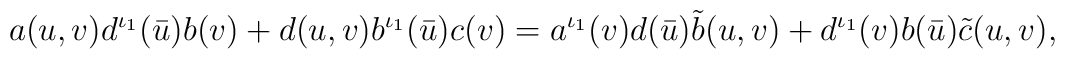
a(u,v)d^{\iota_1}(\bar u)b(v)+d(u,v)b^{\iota_1}(\bar u)c(v)=a^{\iota_1}(v)d(\bar u)\tilde b(u,v)+d^{\iota_1}(v)b(\bar u)\tilde c(u,v),